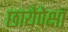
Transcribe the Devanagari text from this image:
छायेपेक्षा